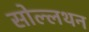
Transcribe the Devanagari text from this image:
सोल्लथन